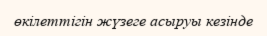
өкілеттігін жүзеге асыруы кезінде